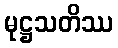
မုဋ္ဌသတိဿ